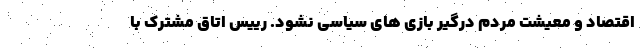
اقتصاد و معیشت مردم درگیر بازی های سیاسی نشود. رییس اتاق مشترک با